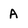
Character: A